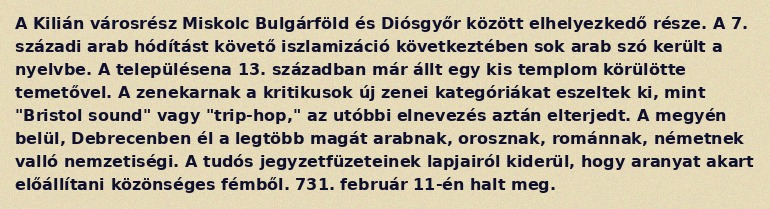
A Kilián városrész Miskolc Bulgárföld és Diósgyőr között elhelyezkedő része. A 7. századi arab hódítást követő iszlamizáció következtében sok arab szó került a nyelvbe. A településena 13. században már állt egy kis templom körülötte temetővel. A zenekarnak a kritikusok új zenei kategóriákat eszeltek ki, mint "Bristol sound" vagy "trip-hop," az utóbbi elnevezés aztán elterjedt. A megyén belül, Debrecenben él a legtöbb magát arabnak, orosznak, románnak, németnek valló nemzetiségi. A tudós jegyzetfüzeteinek lapjairól kiderül, hogy aranyat akart előállítani közönséges fémből. 731. február 11-én halt meg.